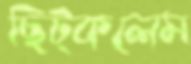
ছিট্‌কলেম